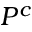
P ^ { c }